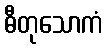
ဓီတုသောကံ